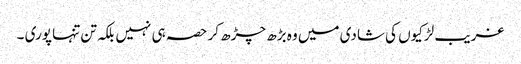
غریب لڑکیوں کی شادی میں وہ بڑھ چڑھ کر حصہ ہی نہیں بلکہ تن تنہا پوری ۔